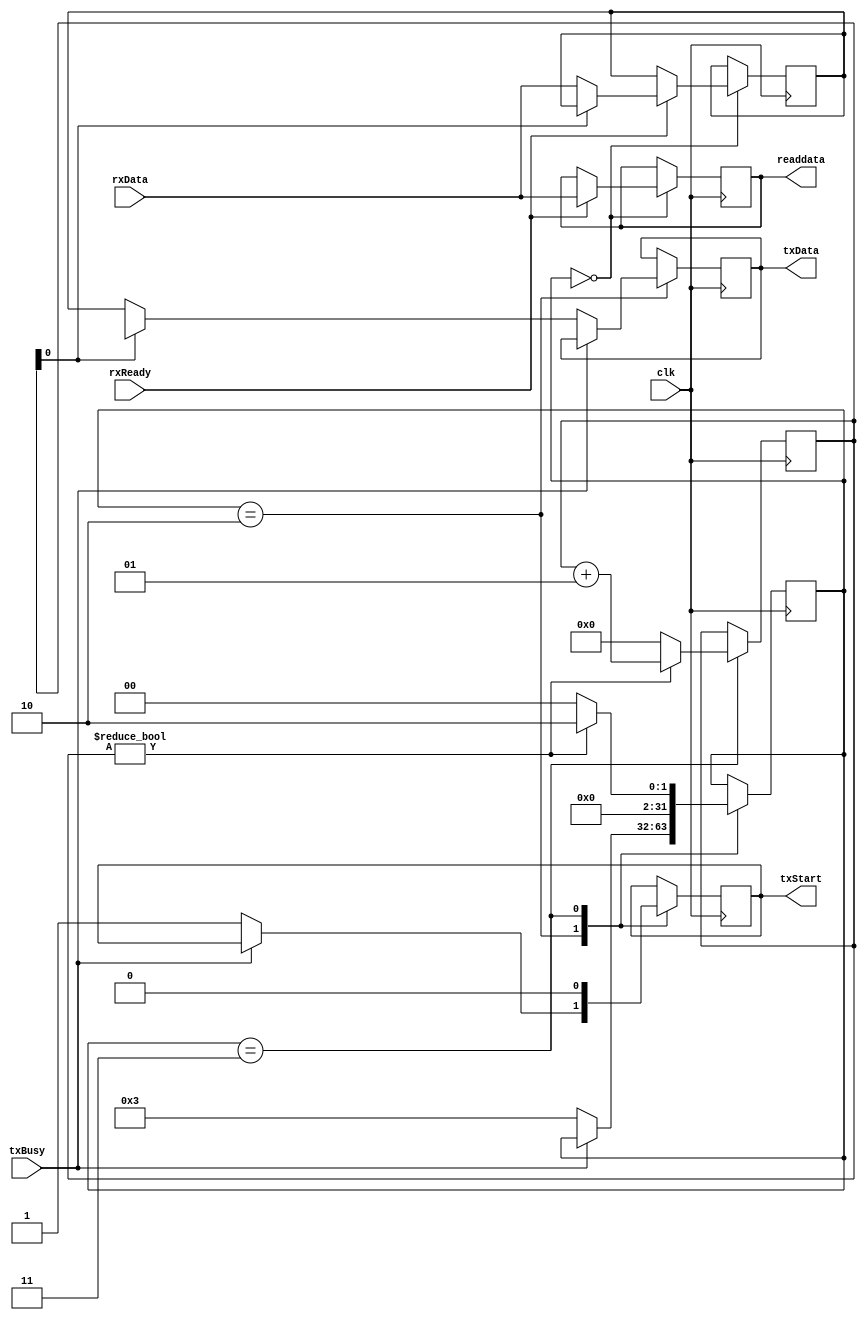
// from http://www.sparxeng.com/blog/software/communicating-with-your-cyclone-ii-fpga-over-serial-port-part-3-number-crunching

module processor(clk, rxReady, rxData, txBusy, txStart, txData, readdata);
  input clk;
  input[7:0] rxData;
  input rxReady;
  input txBusy;
  output reg txStart;
  output reg[7:0] txData;
  output reg[7:0] readdata;//first byte we got

  localparam READ=0, SOLVING=1, WRITE1=2, WRITE2=3;
  localparam LEN = 1;
  localparam LENMAX = LEN - 1;

  integer ioCount;
  reg[7:0] data[0:LENMAX];
  integer state;

  initial begin
    txStart = 0;
    state = READ;
  end

  always @(posedge clk) begin
    case (state)
      READ: begin
        if (rxReady) begin
          data[ioCount] = rxData;
			 readdata = rxData;          
        end
      end      

      WRITE1: begin
        if (!txBusy) begin
          txData = data[ioCount];
          txStart = 1;
          state = WRITE2;
        end
      end

      WRITE2: begin
        txStart = 0;
        if (ioCount != LENMAX) begin
          ioCount = ioCount + 1;
          state = WRITE1;
        end else begin
          ioCount = 0;
          state = READ;
        end
      end
    endcase
  end
endmodule